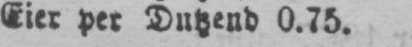
Eier per Dutzend 0.75.